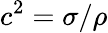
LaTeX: c^{2}=\sigma/\rho